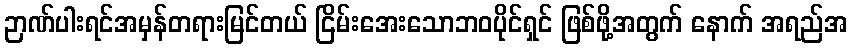
ဉာဏ်ပါးရင်အမှန်တရားမြင်တယ် ငြိမ်းအေးသောဘဝပိုင်ရှင် ဖြစ်ဖို့အတွက် နောက် အရည်အ